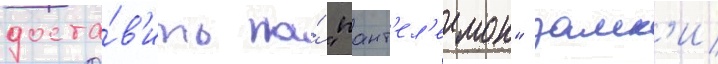
доста́в'ить на́ "пант'ел'еимон" замк'и